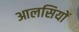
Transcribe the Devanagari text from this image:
आलसियों